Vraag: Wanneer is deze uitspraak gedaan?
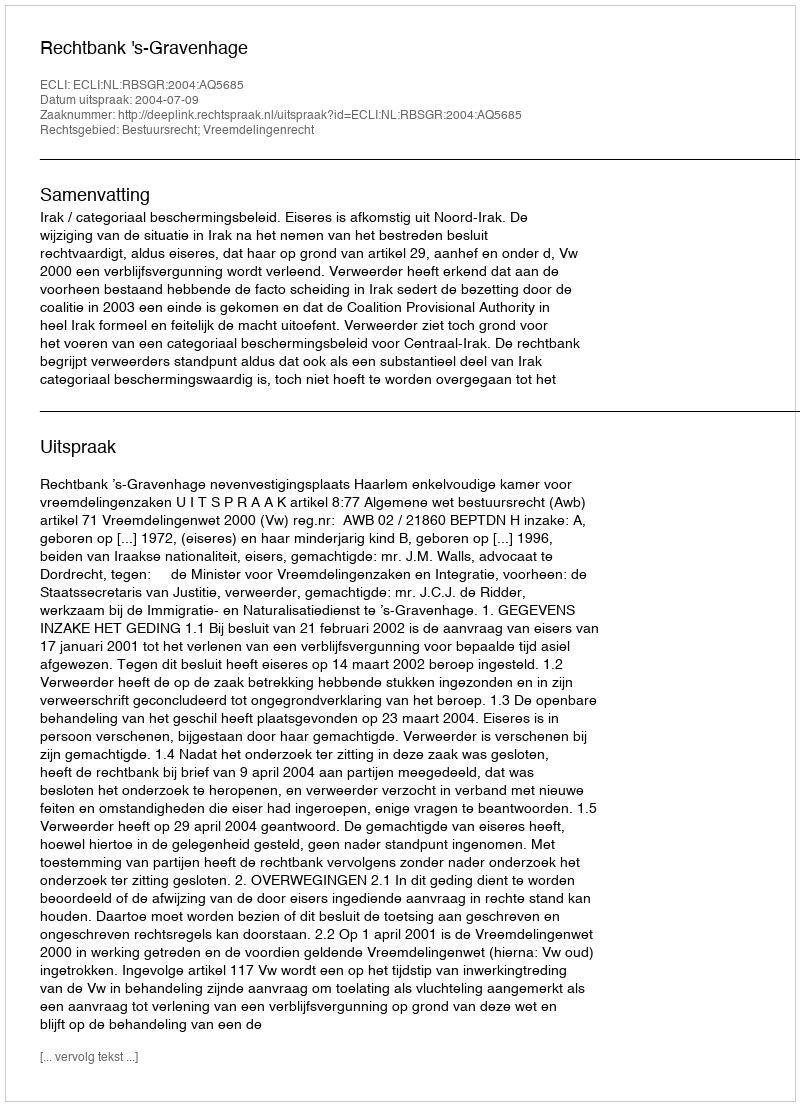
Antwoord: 2004-07-09